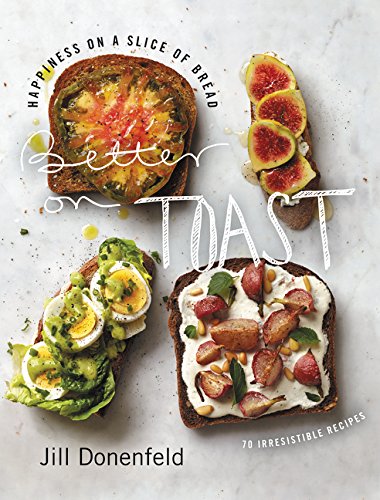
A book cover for Better on Toast: Happiness on a Slice of Bread--70 Irresistible Recipes; Jill Donenfeld; Cookbooks, Food & Wine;